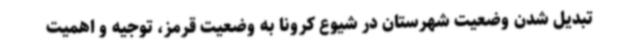
تبدیل شدن وضعیت شهرستان در شیوع کرونا به وضعیت قرمز، توجیه و اهمیت